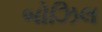
બોઝિલ